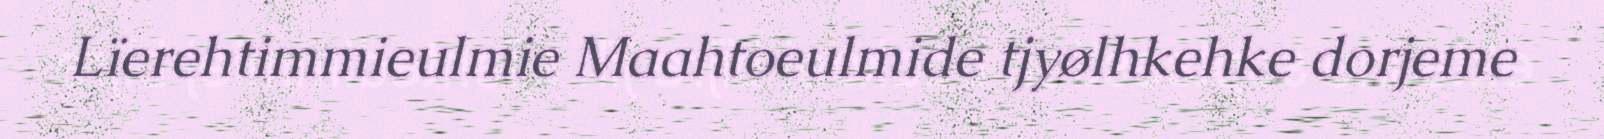
Lïerehtimmieulmie Maahtoeulmide tjyølhkehke dorjeme